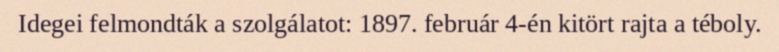
Idegei felmondták a szolgálatot: 1897. február 4-én kitört rajta a téboly.